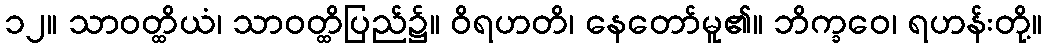
၁၂။ သာဝတ္ထိယံ၊ သာဝတ္ထိပြည်၌။ ဝိရဟတိ၊ နေတော်မူ၏။ ဘိက္ခဝေ၊ ရဟန်းတို့။